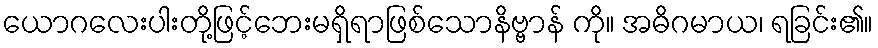
ယောဂလေးပါးတို့ဖြင့်ဘေးမရှိရာဖြစ်သောနိဗ္ဗာန် ကို။ အဓိဂမာယ၊ ရခြင်း၏။